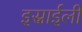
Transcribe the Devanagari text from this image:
इस्राईली